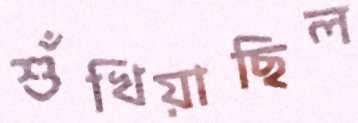
শুঁখিয়াছিল